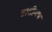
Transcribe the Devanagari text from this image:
तालीमच